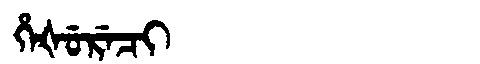
Manchu: ᡥᡝᡧᡠᡵᡝᠴᡳ
Romanization: HEŠURECI